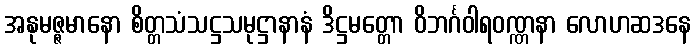
အနုမဇ္ဇမာနော စိတ္တသံသဋ္ဌသမုဋ္ဌာနာနံ ဒိဋ္ဌမတ္တော ဝိဘင်္ဂဝါရဝဏ္ဏနာ လောဟဆဒနေ